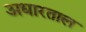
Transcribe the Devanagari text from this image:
अधारताल